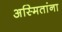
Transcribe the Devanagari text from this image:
अस्मितांना